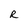
Character: R